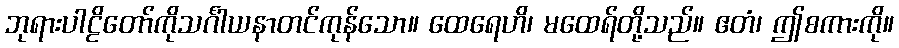
ဘုရားပါဠိတော်ကိုသင်္ဂါယနာတင်ကုန်သော။ ထေရေဟိ၊ မထေရ်တို့သည်။ ဧတံ၊ ဤစကားကို။